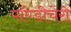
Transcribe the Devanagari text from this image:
पॉण्डीचेरी